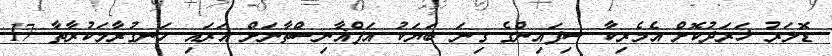
ޑޮލަރު ޚަރަދުކޮށް އެމެރިކާ ސިފައިންގެ ގިނަ ބަޔަކު އަފްޣާނިސްތާނަށް އަރައި ހަނގުރާމަކުރާތާ 17